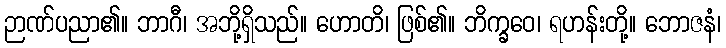
ဉာဏ်ပညာ၏။ ဘာဂီ၊ အဘို့ရှိသည်။ ဟောတိ၊ ဖြစ်၏။ ဘိက္ခဝေ၊ ရဟန်းတို့။ ဘောဇနံ၊